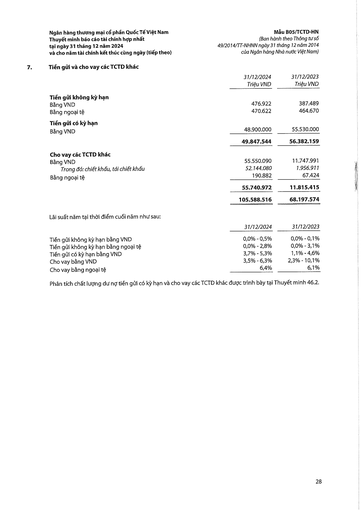
||31/12/2024 Triệu VND|31/12/2023 Triệu VND| |---|---|---| |Tiền gửi không kỳ hạn||| |Bằng VND|476.922|387.489| |Bằng ngoại tệ|470.622|464.670| |Tiền gửi có kỳ hạn||| |Bằng VND|48.900.000|55,530.000| ||49.847.544|56.382.159| |Cho vay các TCTD khác||| |Bằng VND|55.550.090|11.747.991| |Trong đó: chiết khấu, tái chiết khấu|52.144.080|1.956.911| |Bằng ngoại tệ|190.882|67.424| ||55.740.972|11.815.415| ||105.588.516|68.197.574| ||31/12/2024|31/12/2023| |---|---|---| |Tiền gửi không kỳ hạn bằng VND|0,0% 0,5%|0,0% 0,1%| |Tiền gửi không kỳ hạn bằng ngoại tệ|0,0% 2,8%|0,0% 3,1%| |Tiền gửi có kỳ hạn bằng VND|3,7% 5,3%|1,1% 4,6%| |Cho vay bằng VND|3,5% 6,3%|2,3% 10,1%| |Cho vay bằng ngoại tệ|6,4%|6,1%|